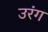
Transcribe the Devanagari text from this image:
उरंग